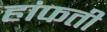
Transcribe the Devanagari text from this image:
हांफती